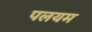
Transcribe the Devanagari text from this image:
पलयम